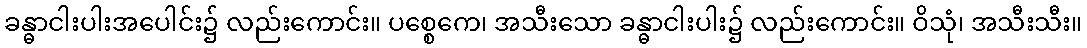
ခန္ဓာငါးပါးအပေါင်း၌ လည်းကောင်း။ ပစ္စေကေ၊ အသီးသော ခန္ဓာငါးပါး၌ လည်းကောင်း။ ဝိသုံ၊ အသီးသီး။